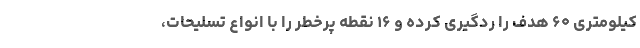
کیلومتری ۶۰ هدف را ردگیری کرده و ۱۶ نقطه پرخطر را با انواع تسلیحات،